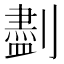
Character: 𪟖